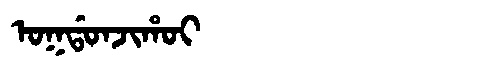
Manchu: ᠣᡴᡩᠣᠨᠵᡳᡥᠣᡳ
Romanization: OKDONJIHOI